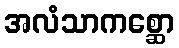
အလံသာကစ္ဆော